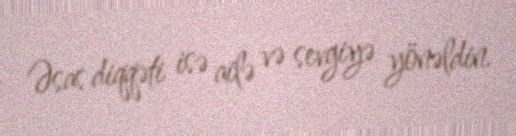
Əsas diqqəti isə ailə və sevgiyə yönəldin.